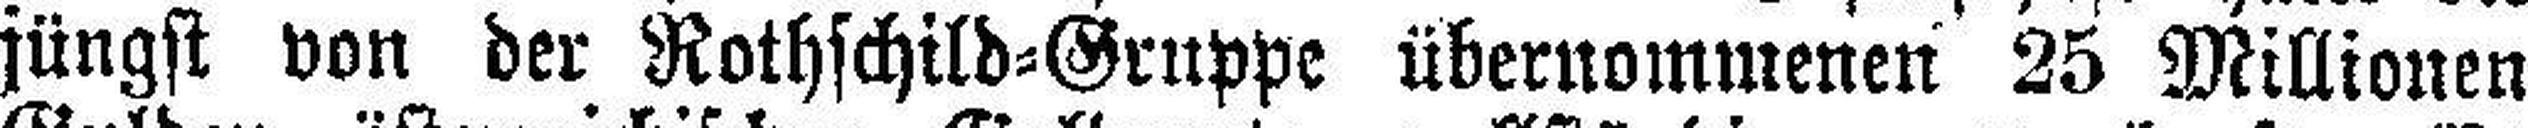
jüngst von der Rothschild=Gruppe übernommenen 25 Millionen